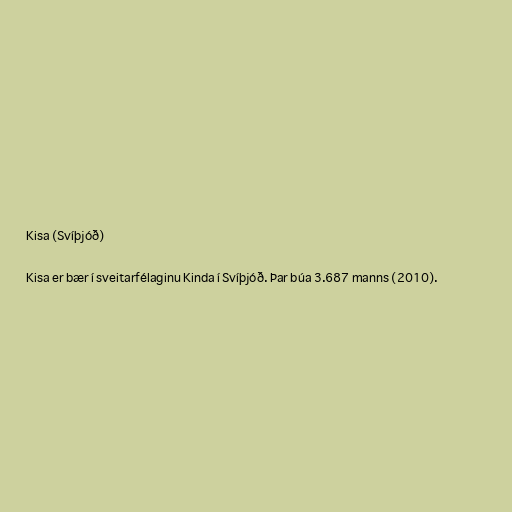
Kisa (Svíþjóð)

Kisa er bær í sveitarfélaginu Kinda í Svíþjóð. Þar búa 3.687 manns (2010).